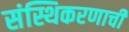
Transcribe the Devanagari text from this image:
संस्थिकरणाची